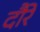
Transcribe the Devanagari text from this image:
दौरें